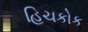
હિચકોક